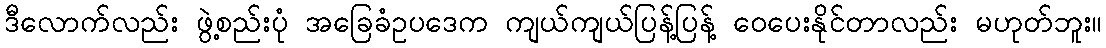
ဒီလောက်လည်း ဖွဲ့စည်းပုံ အခြေခံဥပဒေက ကျယ်ကျယ်ပြန့်ပြန့် ဝေပေးနိုင်တာလည်း မဟုတ်ဘူး။